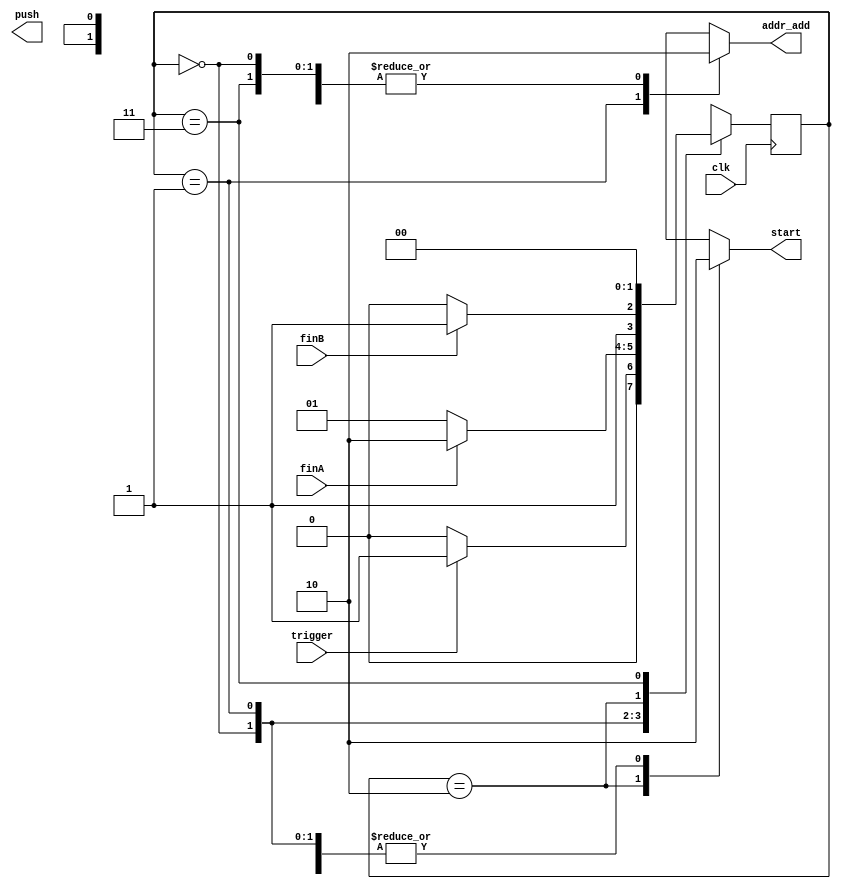
`timescale 1ns / 1ps
//////////////////////////////////////////////////////////////////////////////////
// Company: 
// Engineer: 
// 
// Design Name: 
// Module Name: TOP_FSM
// Project Name: 
// Target Devices: 
// Tool Versions: 
// Description: 
// 
// Dependencies: 
// 
// Revision:
// Revision 0.01 - File Created
// Additional Comments:
// 
//////////////////////////////////////////////////////////////////////////////////


module TOP_FSM(clk, trigger, finA, finB, 
                addr_add, start, push);
    input clk;
    input trigger;
    input finA;
    input finB;
    
    output reg addr_add;
    output reg start;
    output reg push; //?
    
    reg [1:0] state, nstate;
    parameter idle=0, save=1, conv=2, send=3;
    
    initial begin 
        state <= idle;
        end
        
    always @ (posedge clk) begin
        state <= nstate;
        end
        
    always @ (*) begin
        case(state)
            idle : begin
                addr_add <= 1'b0;
                start <= 1'b0;
                if (trigger)
                    nstate <= save;
                else 
                    nstate <= idle;
                end
            
            save : begin
                addr_add <= 1'b1;
                start <= 1'b0;
                if (finA) 
                    nstate <= conv;
                else 
                    nstate <= save;
                end
                
            conv : begin
                addr_add <= 1'b0;
                start <= 1'b1;
                if (finB)
                    nstate <= send;
                else 
                    nstate <= conv;
                end
            
            send : begin
                addr_add <= 1'b0;
                start <= 1'b0;
                nstate <= idle;
                end
            endcase
        end
    
endmodule